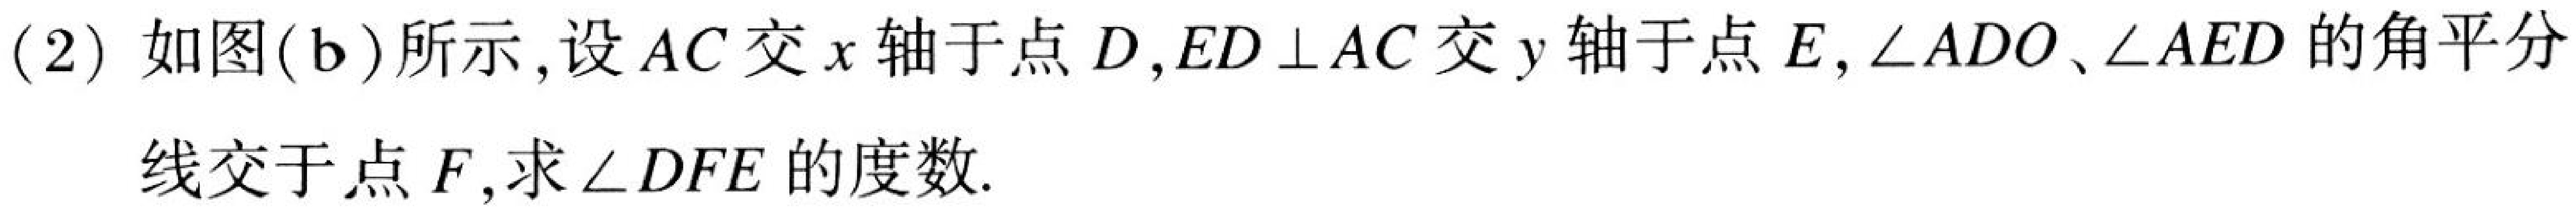
(2) 如图(b)所示，设$AC$交$x$轴于点$D$，$ED\perp AC$交$y$轴于点$E$，$\angle ADO$、$\angle AED$的角平分线交于点$F$，求$\angle DFE$的度数.